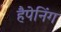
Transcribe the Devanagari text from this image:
हैपेनिंग